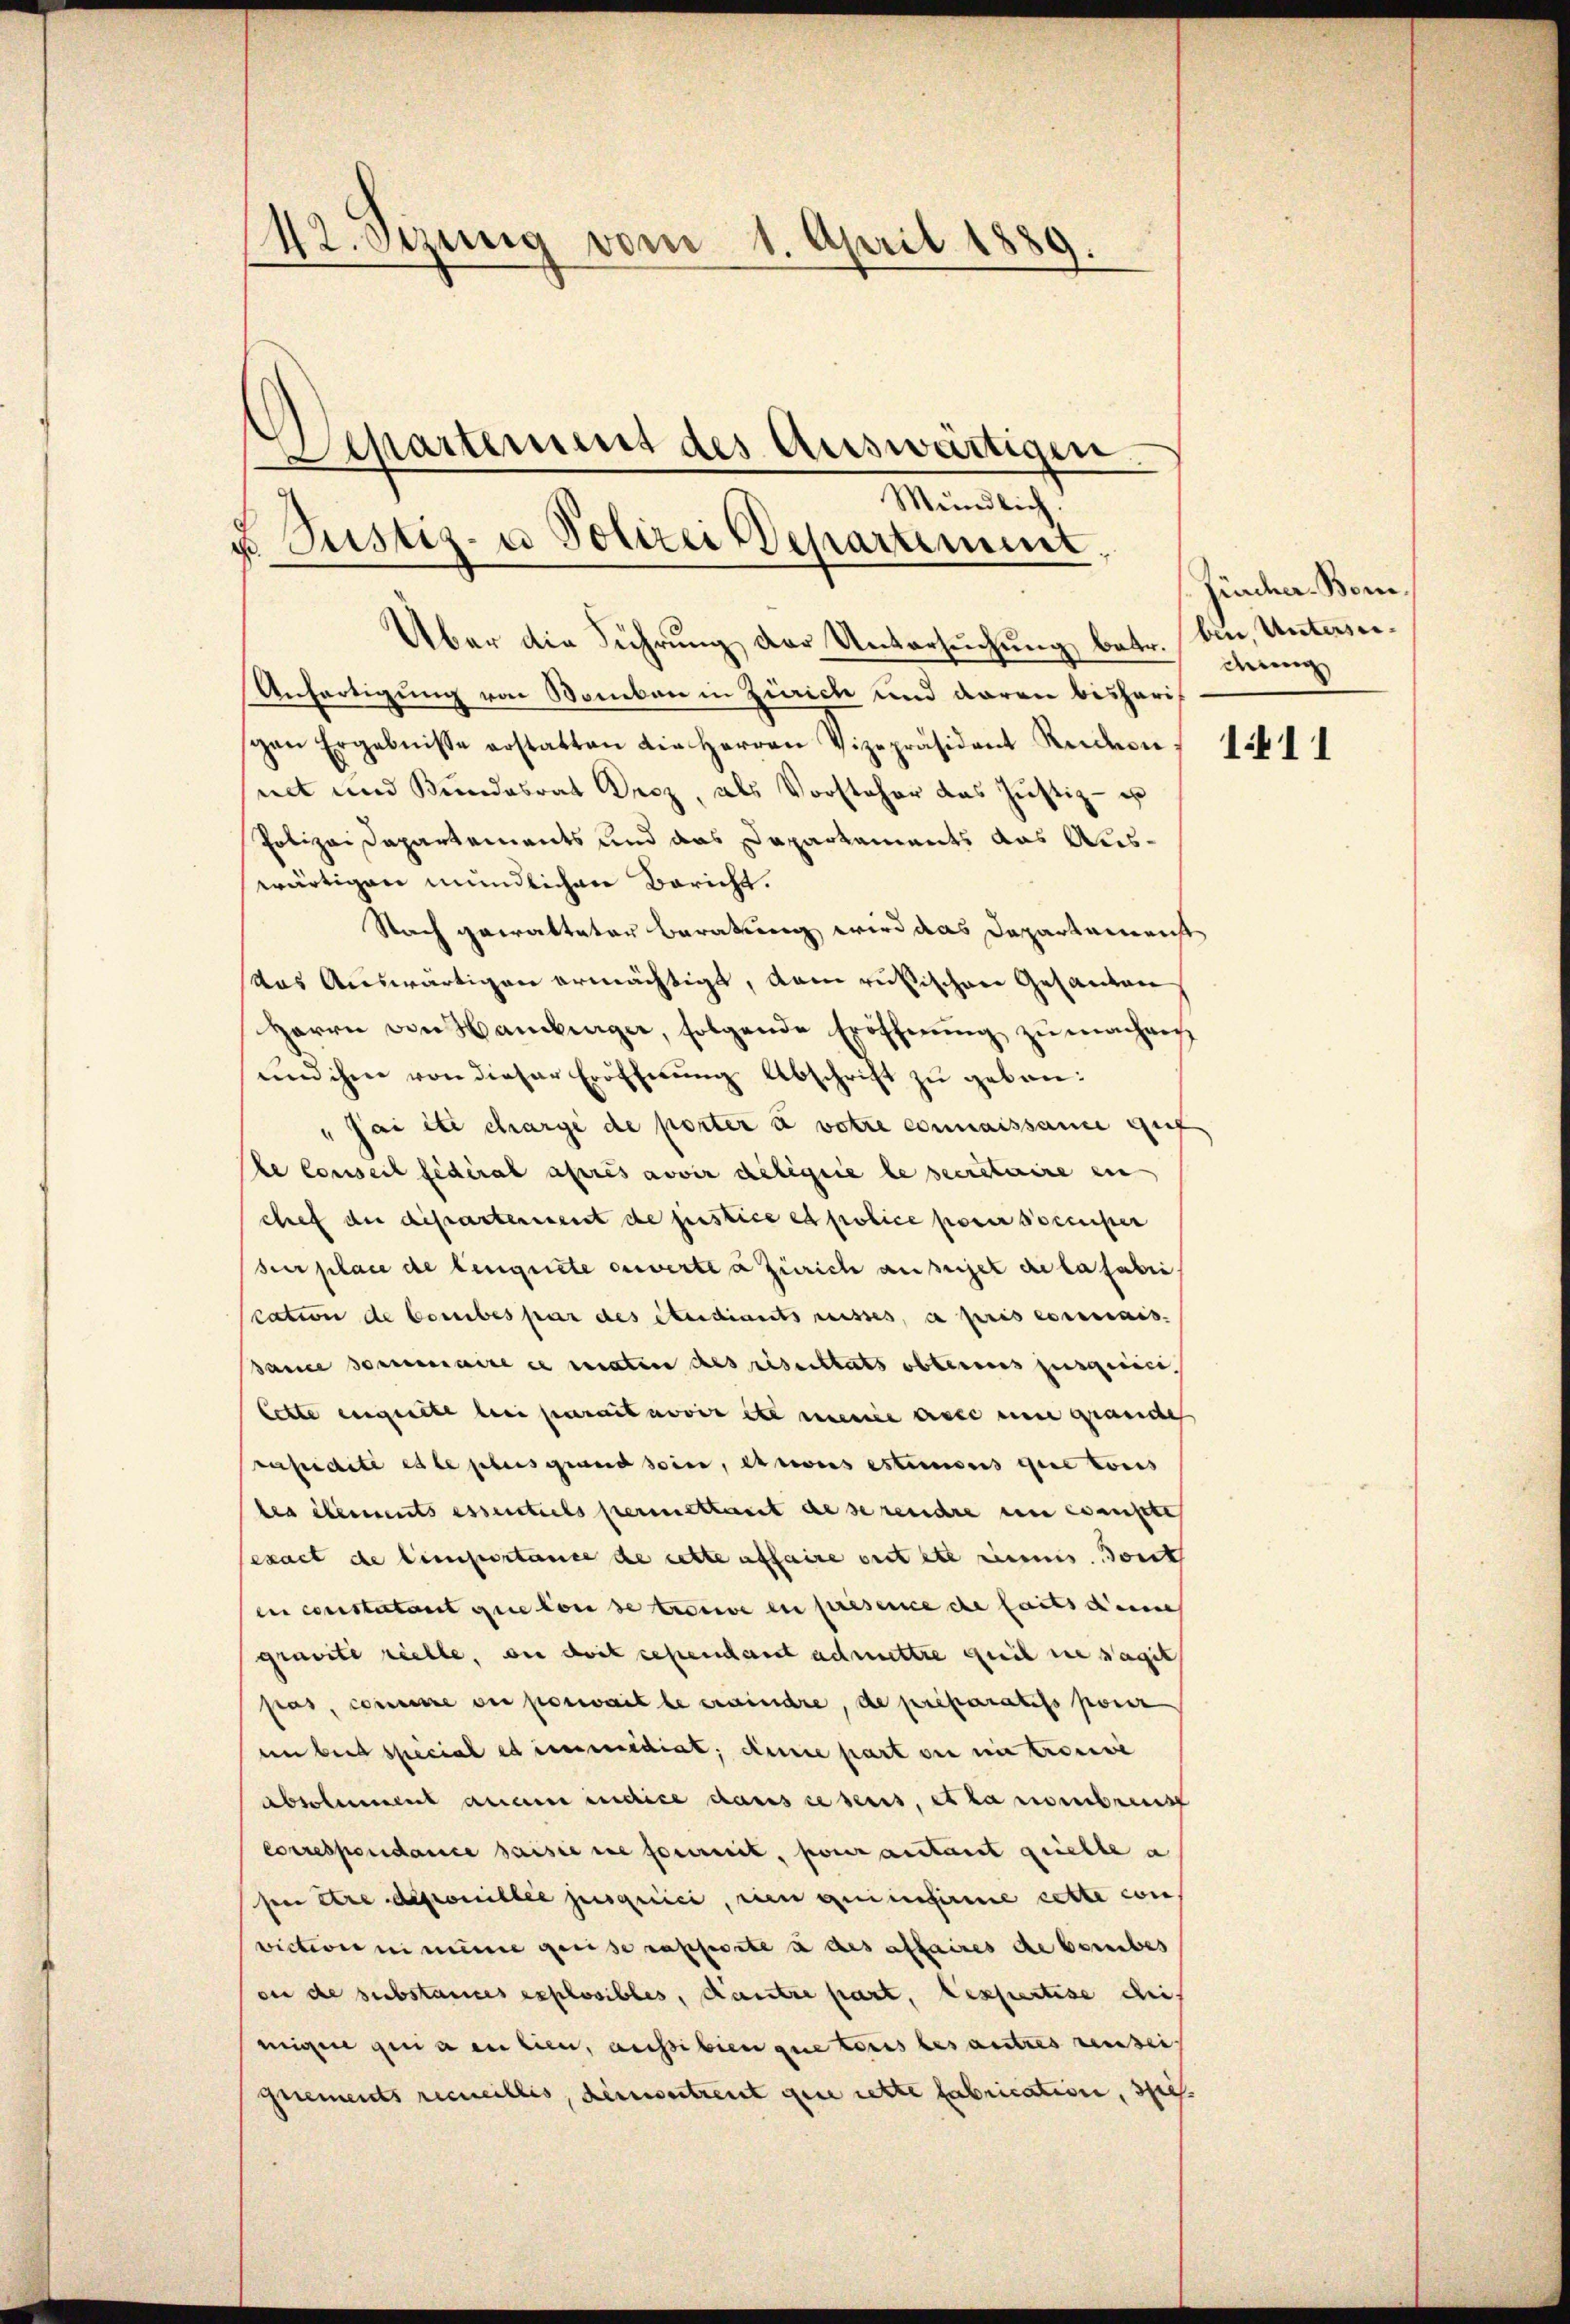
42. Sezung vom 1. April 1889.
e
9

Über die Führung der Untersuchung betr.

Departement des Auswärtigen.
.
Mündlich.
u Pustiz- u Polizei Departement.

Anfertigung von Komben in Zürich und daran bisherig
gen Ergebnisse erstatten die Herren Vizepräsident Rudon 15641
net und Bundesrat Droz, als Vorsteher das Justiz- u
Polizei Departements und das Dapartements aus Auswärtigen mündlichen Bericht.
Nach gewalteter Beratung wird das Departamenst
das Auswärtigen ermächtigt, dem russischen Gesanten
Herrn von Hamburger, folgende Eröffnung zu machen
und ihm von dieser Eröfferŭng Abschrift zu geben:
"Jai et charge de porter u votre connaissame gut
te Conseil fédéral après avoir deligiie le secretaire ein
chef der departereseit de festice et police parer Poccuper
sur place de leugnete ouverten Zürich ausset de la fabri
scation de Comites par des éteidiants reisses, a pris es mais
Barce sommaire ce maten des riserstats obterius jusqucici
lette eignete bei serait nover etc meine asse eine grande
rapidite es le plus grund seine, et cours estimonis que tous
les elements essentiels permettant de se rendre en censte
sexact de limportance de cette affaire cettete seines dont
en constatant que ton se trouve en présence che faits deine
gravite reelle, wie doit cependant admettre geeil sie sagt
pas, concere die poswait le erwindere, de préparatifs pour
een beid special et immediat; diene part die nie trouve
absolument anam indice dans lesens, etwa nombreust
Correspondance saisie sie fournit, pour actant giebte a
ser Ehre deponible jusquici, rien geeinfirme cette con
viction in meine greise rapporte à des affaires de bereibes
ou de substances explosibles, Kautre part, rexpertise di
migen qui a en lien, aussi bien que toris besautres reinsei
gnements recueillis, dem vertrent gene rette fabrication, spiel.

Zürcher-Bomben, Unterseidmig